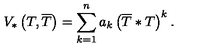
V _ { * } \left( T , \overline { { T } } \right) = \sum _ { k = 1 } ^ { n } a _ { k } \left( \overline { { T } } * T \right) ^ { k } .